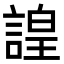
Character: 諻